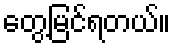
တွေ့မြင်ရတယ်။